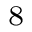
^ 8